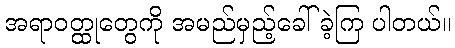
အရာဝတ္ထုတွေကို အမည်မှည့်ခေါ်ခဲ့ကြ ပါတယ်။